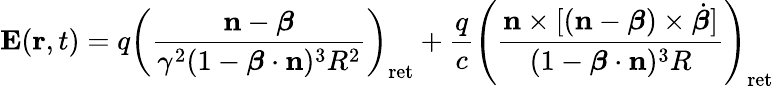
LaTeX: \mathbf{E}(\mathbf{r},t)=q\left({\frac{\mathbf{n}-{\boldsymbol{\beta}}}{\gamma^{2}(1-{\boldsymbol{\beta}}\cdot\mathbf{n})^{3}R^{2}}}\right)_{\mathrm{{ret}}}+{\frac{q}{c}}\left({\frac{\mathbf{n}\times[(\mathbf{n}-{\boldsymbol{\beta}})\times{\dot{\boldsymbol{\beta}}}]}{(1-{\boldsymbol{\beta}}\cdot\mathbf{n})^{3}R}}\right)_{\mathrm{{ret}}}